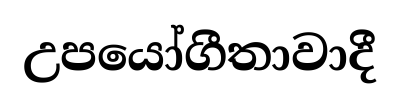
උපයෝගීතාවාදී